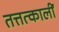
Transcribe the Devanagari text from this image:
तत्तत्कालीं